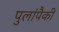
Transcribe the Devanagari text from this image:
पुलांपैकी